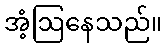
အံ့ဩနေသည်။